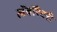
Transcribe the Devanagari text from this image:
लॅबॉरेटरी